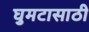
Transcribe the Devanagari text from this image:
घुमटासाठी